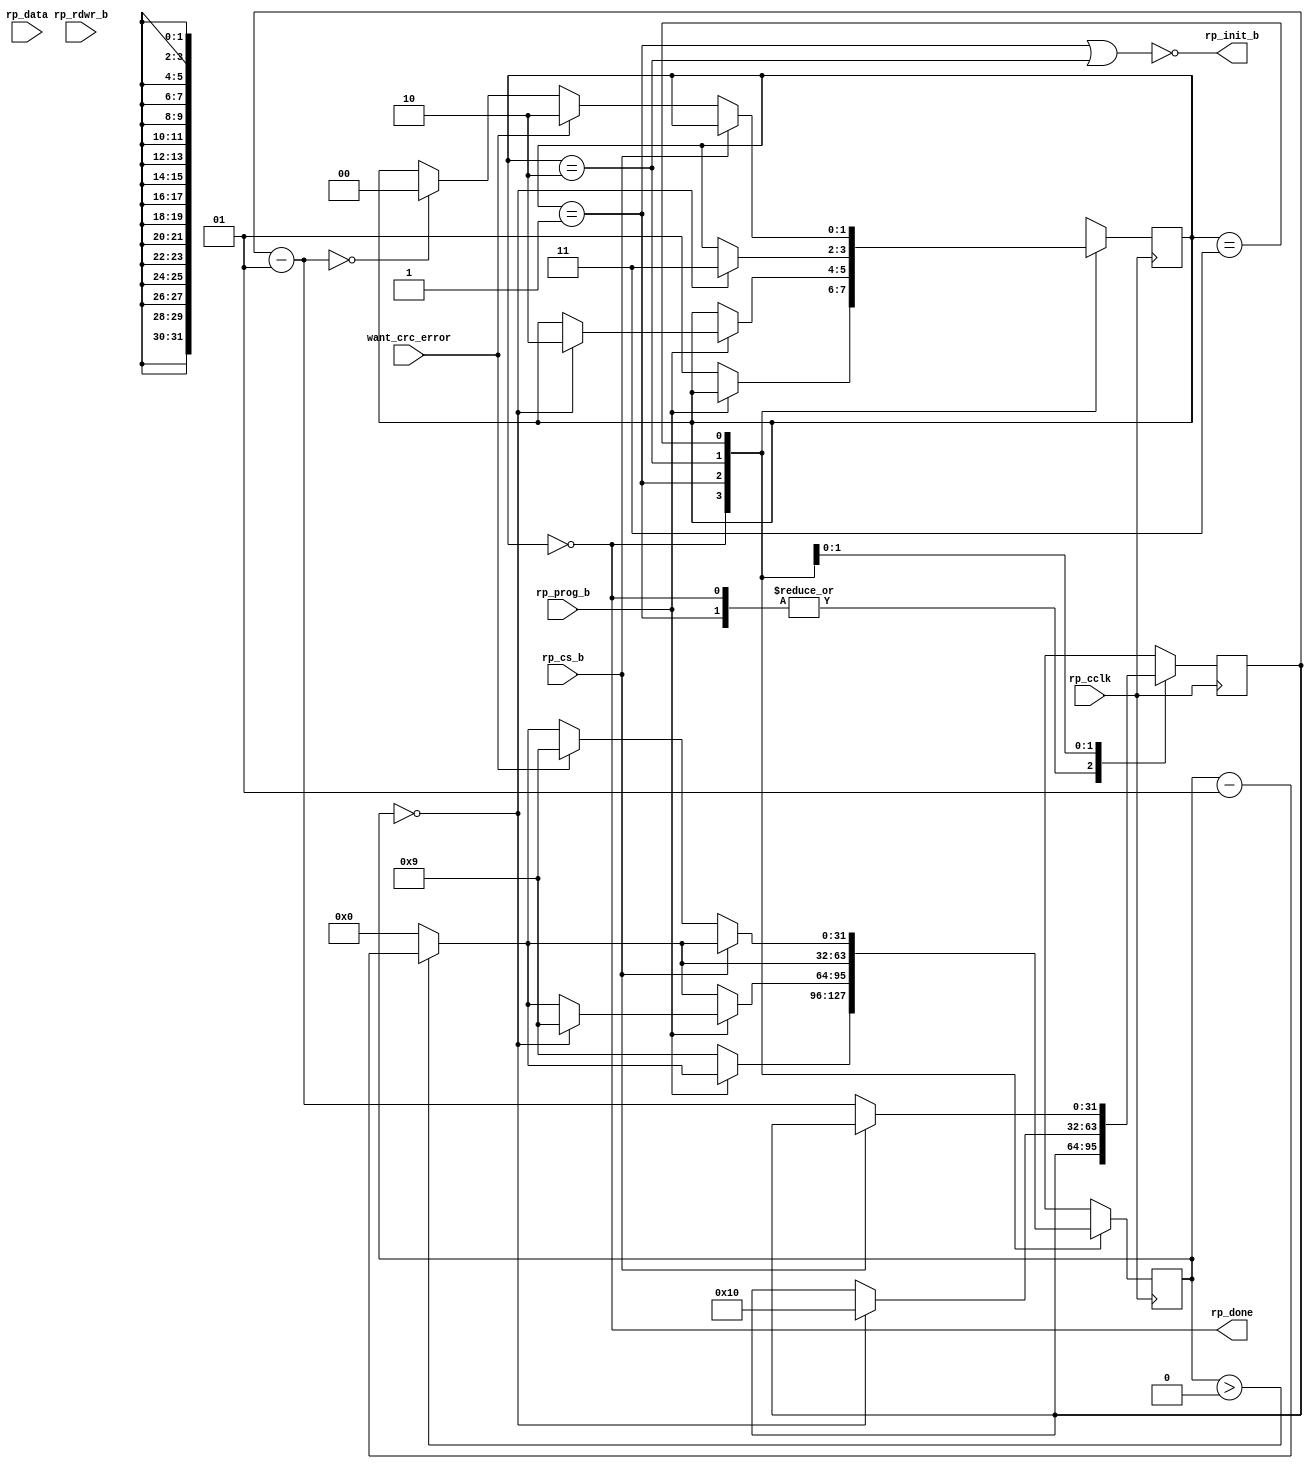
///////////////////////////////////////////////////////////////////////////////
// $Id: cnet.v 1887 2007-06-19 21:33:32Z grg $
//
// Module: cnet.v
// Project: CPCI (PCI Control FPGA)
// Description: Emulates the programming interface of the CNET
//
//
// Change history:
//
///////////////////////////////////////////////////////////////////////////////


module cnet(
            // Interface to the CNET
            input          rp_prog_b,
            output         rp_init_b,
            input          rp_cs_b,
            input          rp_rdwr_b,
            input [7:0]    rp_data,
            output         rp_done,

            input          want_crc_error,

            input          rp_cclk
         );


// ==================================================================
// Local
// ==================================================================

`define PROG_B_CNT      10 - 1
`define INIT_B_CNT      10 - 1
`define PROG_BYTE_CNT   16

integer        i, i_nxt;

reg            rdwr, rdwr_nxt;
integer        prog_cnt, prog_cnt_nxt;

// ==================================================================
// State machine to emulate programming
// ==================================================================

reg [1:0] curr_state, curr_state_nxt;

`define  IDLE        2'h0
`define  PROG_B      2'h1
`define  INIT_B      2'h2
`define  PROG        2'h3

always @(posedge rp_cclk)
begin
   curr_state <= curr_state_nxt;
   i <= i_nxt;
   prog_cnt <= prog_cnt_nxt;
   rdwr <= rdwr_nxt;
end

always @(posedge rp_cclk)
begin
   if (curr_state != `PROG && curr_state_nxt == `PROG && rp_rdwr_b)
      $display($time, " WARNING: The current version of the CNET programming interface module doesn't support reads");
end

always @*
begin
   curr_state_nxt = curr_state;
   i_nxt = (i > 0) ? i - 1 : 0;
   prog_cnt_nxt = prog_cnt;
   rdwr_nxt = rdwr;

   case (curr_state)
      `IDLE : begin
         if (!rp_prog_b) begin
            curr_state_nxt = `PROG_B;
            i_nxt = `PROG_B_CNT;
         end
      end

      `PROG_B : begin
         if (rp_prog_b)
            if (i == 0) begin
               curr_state_nxt = `INIT_B;
               i_nxt = `INIT_B_CNT;
            end
            else
               $display($time, " ERROR: rp_prog_b was de-asserted too early, i=%d", i);
      end

      `INIT_B : begin
         if (i == 0) begin
            curr_state_nxt = `PROG;
            prog_cnt_nxt = `PROG_BYTE_CNT;
            rdwr_nxt = rp_rdwr_b;
         end
      end

      `PROG : begin
         if (!rp_cs_b) begin
            if (rdwr != rp_rdwr_b)
               $display($time, " ERROR: RP_RDWR_B should not be changed during read/write");
            prog_cnt_nxt = prog_cnt - 1;
            if (want_crc_error) begin
               curr_state_nxt = `INIT_B;
               i_nxt = `INIT_B_CNT;
            end
            else if (prog_cnt_nxt == 0)
               curr_state_nxt = `IDLE;
         end
      end

      default : begin
         curr_state_nxt = `IDLE;
      end
   endcase
end

initial
begin
   // Reset the device
   curr_state = `IDLE;
end

// ==================================================================
// Miscelaneous signal generation
// ==================================================================

assign #1 rp_init_b = !(curr_state == `PROG_B || curr_state == `INIT_B);
assign #1 rp_done = curr_state == `IDLE;

endmodule // cnet

/* vim:set shiftwidth=3 softtabstop=3 expandtab: */